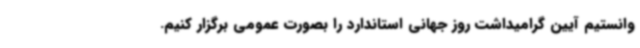
وانستیم آیین گرامیداشت روز جهانی استاندارد را بصورت عمومی برگزار کنیم.